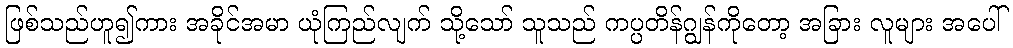
ဖြစ်သည်ဟူ၍ကား အခိုင်အမာ ယုံကြည်လျက် သို့သော် သူသည် ကပ္ပတိန်ဂျွန်ကိုတော့ အခြား လူများ အပေါ်